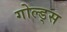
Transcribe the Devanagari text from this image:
गोल्ड्स